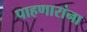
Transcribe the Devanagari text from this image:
पाहणारांना